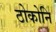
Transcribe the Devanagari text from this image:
ठोकोनि